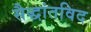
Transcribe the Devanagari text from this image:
सैद्धांतविद